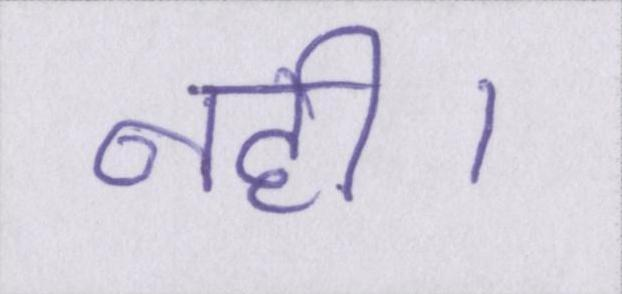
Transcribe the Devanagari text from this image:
नही।